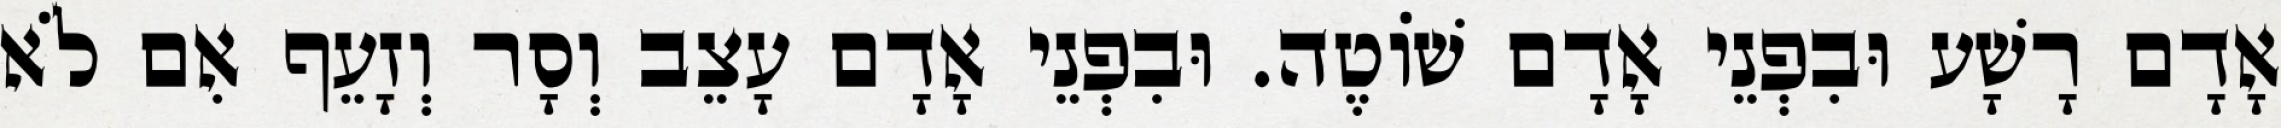
אָדָם רָשָׁע וּבִפְנֵי אָדָם שׁוֹטֶה. וּבִפְנֵי אָדָם עָצֵב וְסָר וְזָעֵף אִם לֹא